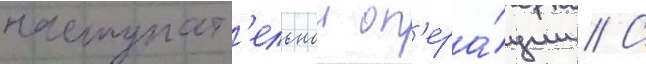
наступат'ельнои оп'ера́ции // С